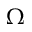
\Omega